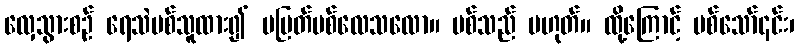
လှေသွားစဉ် ရေသဲပစ်သူထား၍ မပြတ်ပစ်လေသလော။ ပစ်သည် မဟုတ်။ ထို့ကြောင့် ပစ်သော်၎င်း၊